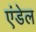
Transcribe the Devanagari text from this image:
एंडेल